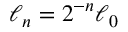
\ell _ { n } = 2 ^ { - n } \ell _ { 0 }